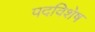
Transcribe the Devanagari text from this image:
पदविशेष